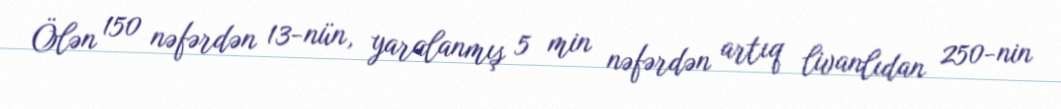
Ölən 150 nəfərdən 13-nün, yaralanmış 5 min nəfərdən artıq livanlıdan 250-nin